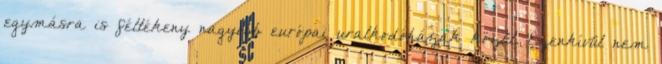
egymásra is féltékeny nagyobb európai uralkodóházak közül. Ezenkívül nem